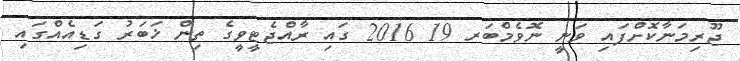
ޖޫރިމަނާކޮށްފައި ވަނީ ނޮވެމްބަރ 19 2016 ގައި ރާއްޖެޓީވީގެ ތިން ޚަބަރު ގަޑިއެއްގައި